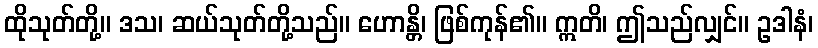
ထိုသုတ်တို့။ ဒသ၊ ဆယ်သုတ်တို့သည်။ ဟောန္တိ၊ ဖြစ်ကုန်၏။ ဣတိ၊ ဤသည်လျှင်။ ဥဒါနံ၊